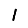
Digit: 1